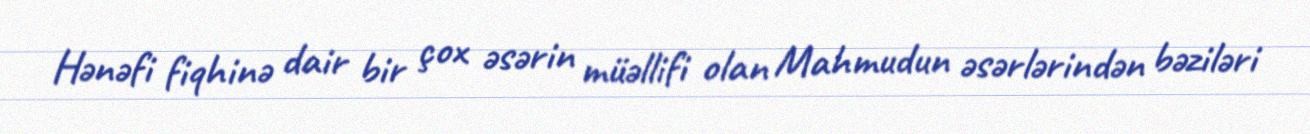
Hənəfi fiqhinə dair bir çox əsərin müəllifi olan Mahmudun əsərlərindən bəziləri